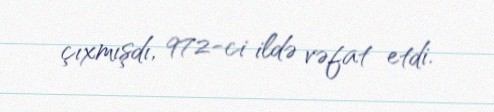
çıxmışdı, 972-ci ildə vəfat etdi.